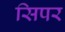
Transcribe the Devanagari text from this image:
सिपर